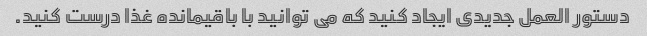
دستور العمل جدیدی ایجاد کنید که می توانید با باقیمانده غذا درست کنید.